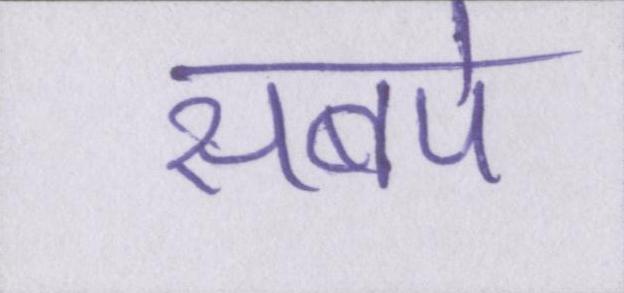
सबपे